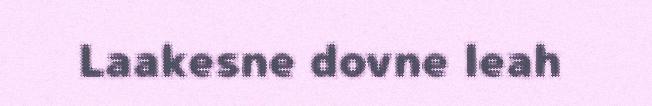
Laakesne dovne leah